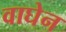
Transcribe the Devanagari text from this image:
वाघेन